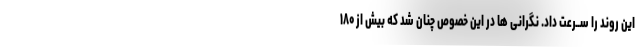
این روند را ســرعت داد. نگرانی ها در این خصوص چنان شد که بیش از ۱۸۰